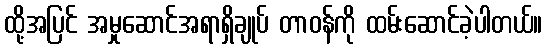
ထို့အပြင် အမှုဆောင်အရာရှိချုပ် တာဝန်ကို ထမ်းဆောင်ခဲ့ပါတယ်။